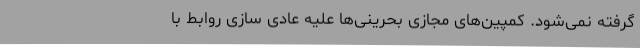
گرفته نمی‌شود. کمپین‌های مجازی بحرینی‌ها علیه عادی سازی روابط با